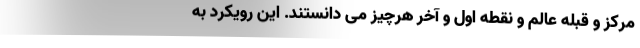
مرکز و قبله عالم و نقطه اول و آخر هرچیز می دانستند. این رویکرد به